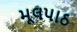
મૂલપાઠ